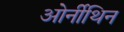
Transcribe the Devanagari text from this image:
ओर्नीथिन